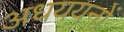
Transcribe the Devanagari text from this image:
अधययनों